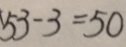
5 3 - 3 = 5 0